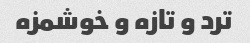
ترد و تازه و خوشمزه